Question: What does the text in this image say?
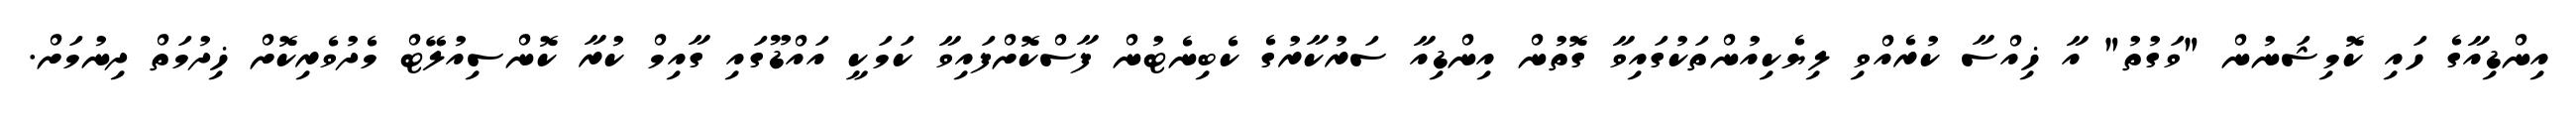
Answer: އިންޑިއާގެ ހައި ކޮމިޝަނުން "ވަގުތު" އާ ޚިއްސާ ކުރެއްވި ލިޔެކިއުންތަކުގައިވާ ގޮތުން އިންޑިއާ ސަރުކާރުގެ ކެބިނެޓުން ފާސްކޮށްފައިވާ ކަމަކީ އައްޑޫގައި ގާއިމް ކުރާ ކޮންސިއުލޭޓް މެދުވެރިކޮށް ޚިދުމަތް ދިނުމަށް.